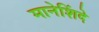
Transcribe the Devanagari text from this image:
मानेशिंदे